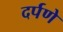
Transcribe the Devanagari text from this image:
दर्पणे